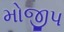
મોજીપ